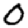
Digit: 0